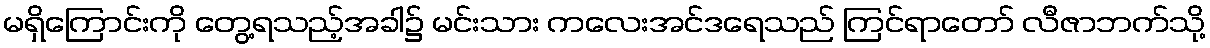
မရှိကြောင်းကို တွေ့ရသည့်အခါ၌ မင်းသား ကလေးအင်ဒရေသည် ကြင်ရာတော် လီဇာဘက်သို့